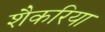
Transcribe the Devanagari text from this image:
शैकरिया